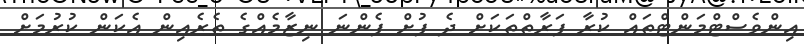
އިންވެސްޓްމަންޓްތައް ކުރާ ފަރާތްތަކަށް ދެ ފުށް ފެންނަ ނިޒާމެއްގެ ތެރެއިން އެކަން ކުރުމަށް